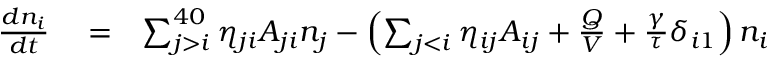
\begin{array} { r l r } { \frac { d n _ { i } } { d t } } & { { } = } & { \sum _ { j > i } ^ { 4 0 } \eta _ { j i } A _ { j i } n _ { j } - \left( \sum _ { j < i } \eta _ { i j } A _ { i j } + \frac { Q } { V } + \frac { \gamma } { \tau } \delta _ { i 1 } \right) n _ { i } } \end{array}